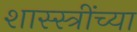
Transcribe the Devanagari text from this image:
शास्स्त्रींच्या